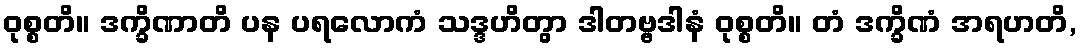
ဝုစ္စတိ။ ဒက္ခိဏာတိ ပန ပရလောကံ သဒ္ဒဟိတွာ ဒါတဗ္ဗဒါနံ ဝုစ္စတိ။ တံ ဒက္ခိဏံ အရဟတိ,